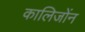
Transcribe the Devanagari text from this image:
कालिजोंन